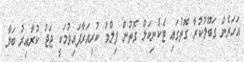
އަހަރެން ގަބޫލުކުރާ ގޮތުގައި ޓެކްނިކަލް ގޮތުން ފިލްމު ކުރިއަރާފައިވުމަކީ ޖަޖު ކުރާއިރު ބަލާ